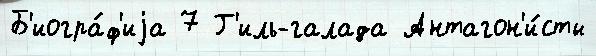
Б'иогра́ф'иjа 7 Г'иль-галада Антагон'и́сты